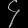
Digit: ၄